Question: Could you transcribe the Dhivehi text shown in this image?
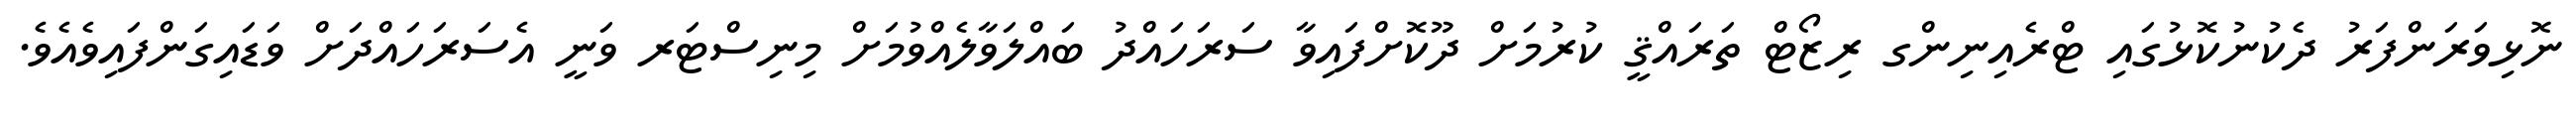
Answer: ނޮޅިވަރަންފަރު ދެކުނުކޮޅުގައި ޓްރެއިނިންގ ރިޒޯޓް ތަރައްޤީ ކުރުމަށް ދޫކޮށްފައިވާ ސަރަހައްދު ބައްލަވާލެއްވުމަށް މިނިސްޓަރ ވަނީ އެސަރަހައްދަށް ވަޑައިގަންފައިވެއެވެ.